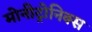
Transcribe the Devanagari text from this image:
मोनीट्रोनिक्स